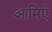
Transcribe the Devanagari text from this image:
आमिएं